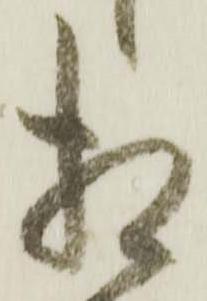
相